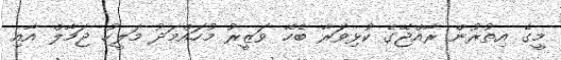
މީގެ އިތުރުން ރާއްޖޭގެ ކުޅިވަރާ ބެހޭ ވަޒީރު މުހައްމަދު މަލީހު ޖަމާލް އާއި